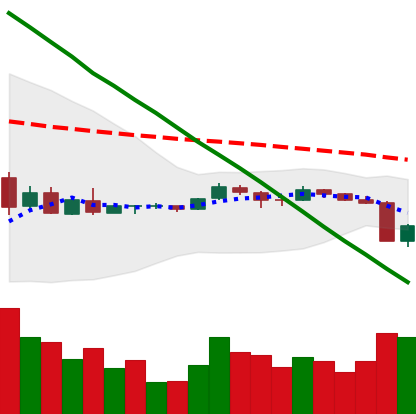
Ticker: XRP-USD
Chart end date: 2018-09-06
Forward return: -12.884%
Label: down_7plus